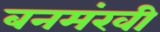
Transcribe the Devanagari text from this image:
बनमंखी